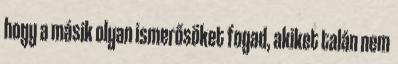
hogy a másik olyan ismerősöket fogad, akiket talán nem